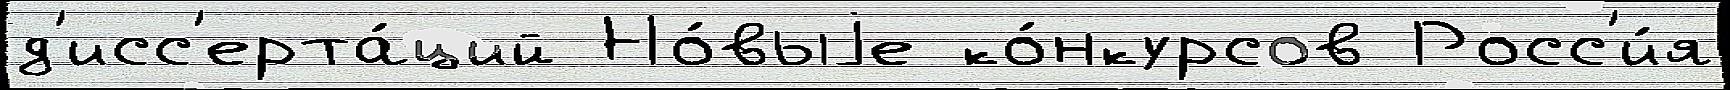
д'исс'ерта́ций Но́выjе ко́нкурсов Росс'и́я